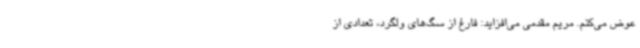
عوض می‌کنم. مریم مقدمی می‌افزاید: فارغ از سگ‌های ولگرد، تعدادی از